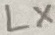
Text: LX